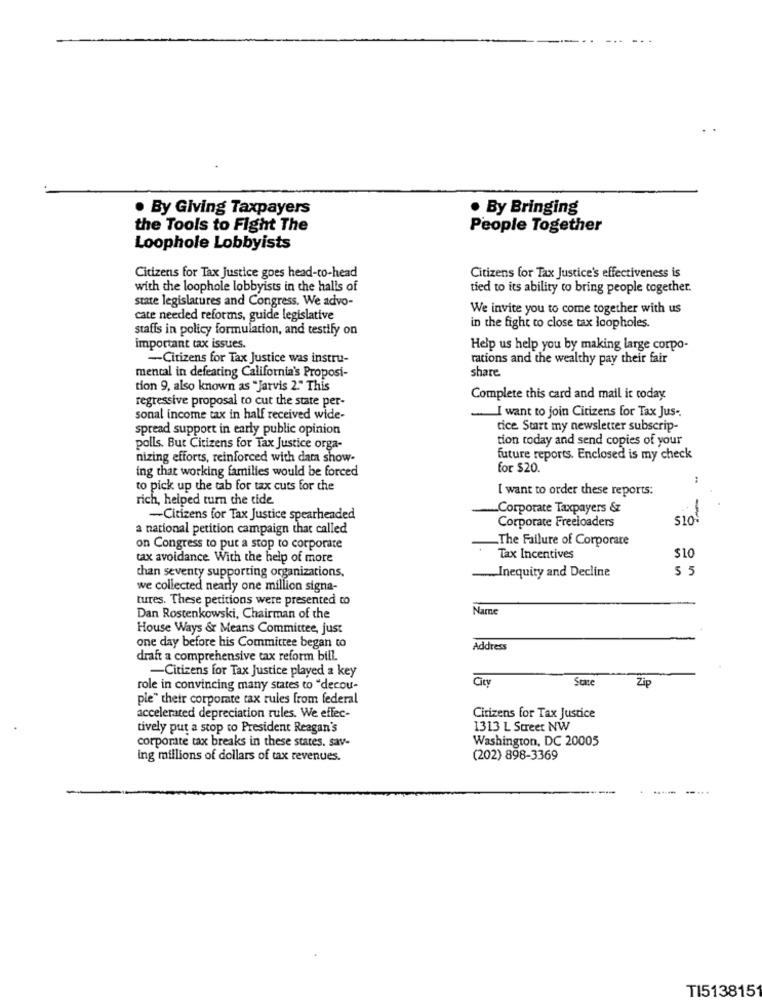
. By Giving Taxpayers
. By Bringing
the Tools to Fight The
People Together
Loophole Lobbyists
Citizens for Tax Justice goes head-to-head
Citizens for Tax Justice's effectiveness is
with the loophole lobbyists in the halls of
tied to its ability to bring people together.
state legislatures and Congress. We advo-
We invite you to come together with us
cate needed reforms, guide legislative
stafis in policy formulation, and testify on
in the fight to close tax loopholes
important tax issues.
Help us help you by making large corpo-
-Citizens for Tax Justice was instru-
rations and the wealthy pay their fair
mental in defeating California's Proposi-
share
tion 9, also known as "Jarvis 2." This
regressive proposal to cut the state per-
Complete this card and mail it today
sonal income tax in half received wide-
I want to join Citizens for Tax Jus ..
spread support in early public opinion
tice Start my newsletter subscrip-
tion today and send copies of your
polls. But Citizens for Tax Justice orga-
nizing efforts, reinforced with dam show-
future reports. Enclosed is my check
ing that working families would be forced
for $20.
to pick up the tab for tax cuts for the
I want to order these reports:
rich, helped turn the tide
Corporate Taxpayers &
-Citizens for Tax Justice spearheaded
SI!
a national petition campaign that called
Corporate Freeloaders
The Failure of Corporate
on Congress to put a stop to corporate
tax avoidance With the help of more
Tax Incentives
$10
Inequity and Decline
5 5
than seventy supporting organizations,
we collected nearly one million signa-
tures. These petitions were presented to
Name
Dan Rostenkowski, Chairman of the
House Ways & Means Committee, just
one day before his Committee began to
Address
draft a comprehensive tax reform bill.
-Citizens for Tax Justice played a key
City
State
Zip
role in convincing many states to "decou-
ple" their corporate tax rules from federal
accelerated depreciation rules. We effec-
Citizens for Tax Justice
tively put a stop to President Reagan's
1313 L Street NW
corporate tax breaks in these states. sav-
Washington, DC 20005
ing millions of dollars of tax revenues.
(202) 898-3369
TI513815